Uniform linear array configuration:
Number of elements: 16
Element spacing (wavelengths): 0.25
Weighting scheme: blackman
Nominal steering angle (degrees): -60
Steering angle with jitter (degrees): -61.054
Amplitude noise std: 0.05
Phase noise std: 0.05

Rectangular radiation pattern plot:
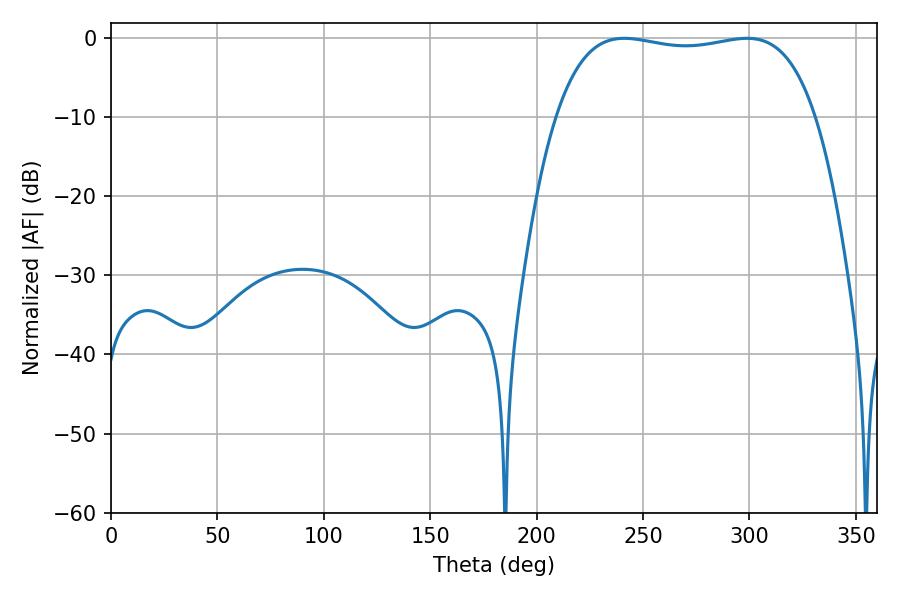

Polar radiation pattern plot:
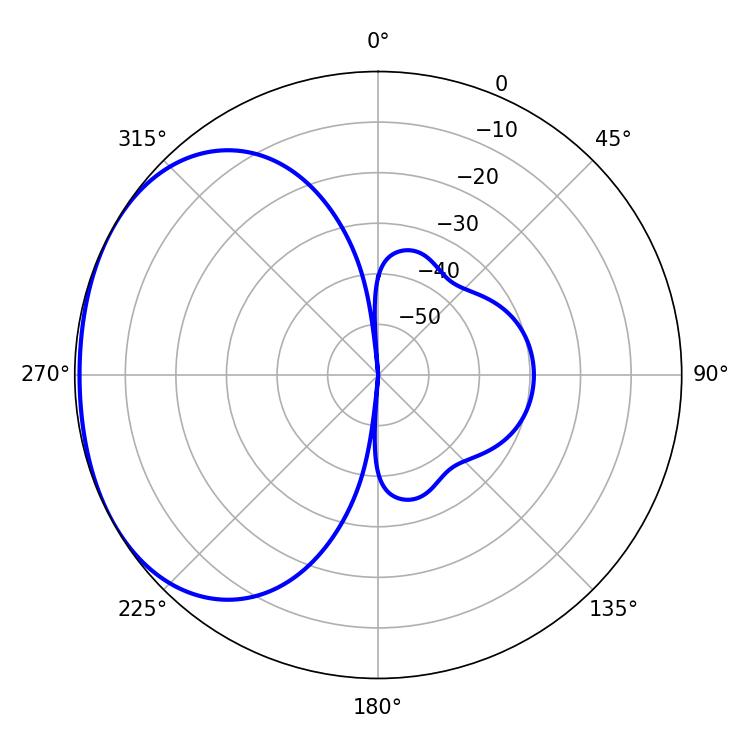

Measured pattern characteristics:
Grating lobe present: FALSE
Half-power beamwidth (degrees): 97.92
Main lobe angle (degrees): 241.2